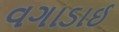
વગાડાઈ